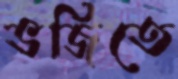
ভজিতে